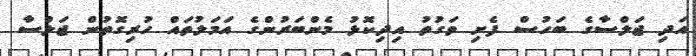
އަދި ޖަލްސާގެ ބަހުސް ފެށި ވަގުތު އިދިކޮޅު މެންބަރުންގެ އަމަލުތައް ހުރިގޮތުން ޖަލްސާ